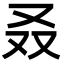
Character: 叒